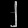
Digit: ၂